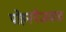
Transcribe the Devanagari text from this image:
पोहनपैजवळ